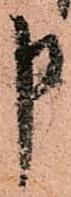
申